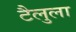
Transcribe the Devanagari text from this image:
टैलुला